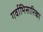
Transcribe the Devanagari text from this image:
गर्वाभिसारिका